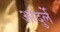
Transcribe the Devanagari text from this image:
आंदुर्ले